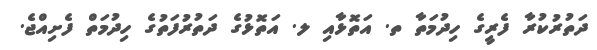
ދަތުރުކުރާ ފެރީގެ ހިދުމަތާ ތ. އަތޮޅާއި ލ. އަތޮޅުގެ ދަތުރުފަތުގެ ހިދުމަތް ފެށިއްޖެ.